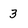
Character: 3